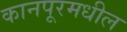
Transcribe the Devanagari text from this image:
कानपूरमधील